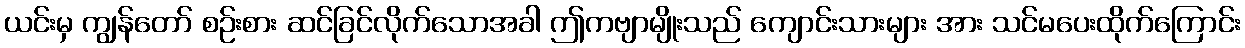
ယင်းမှ ကျွန်တော် စဉ်းစား ဆင်ခြင်လိုက်သောအခါ ဤကဗျာမျိုးသည် ကျောင်းသားများ အား သင်မပေးထိုက်ကြောင်း